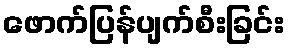
ဖောက်ပြန်ပျက်စီးခြင်း